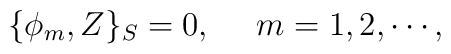
\{ \phi_m, Z \}_S = 0, ~~~~ m=1,2, \cdots ,